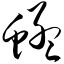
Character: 蜢